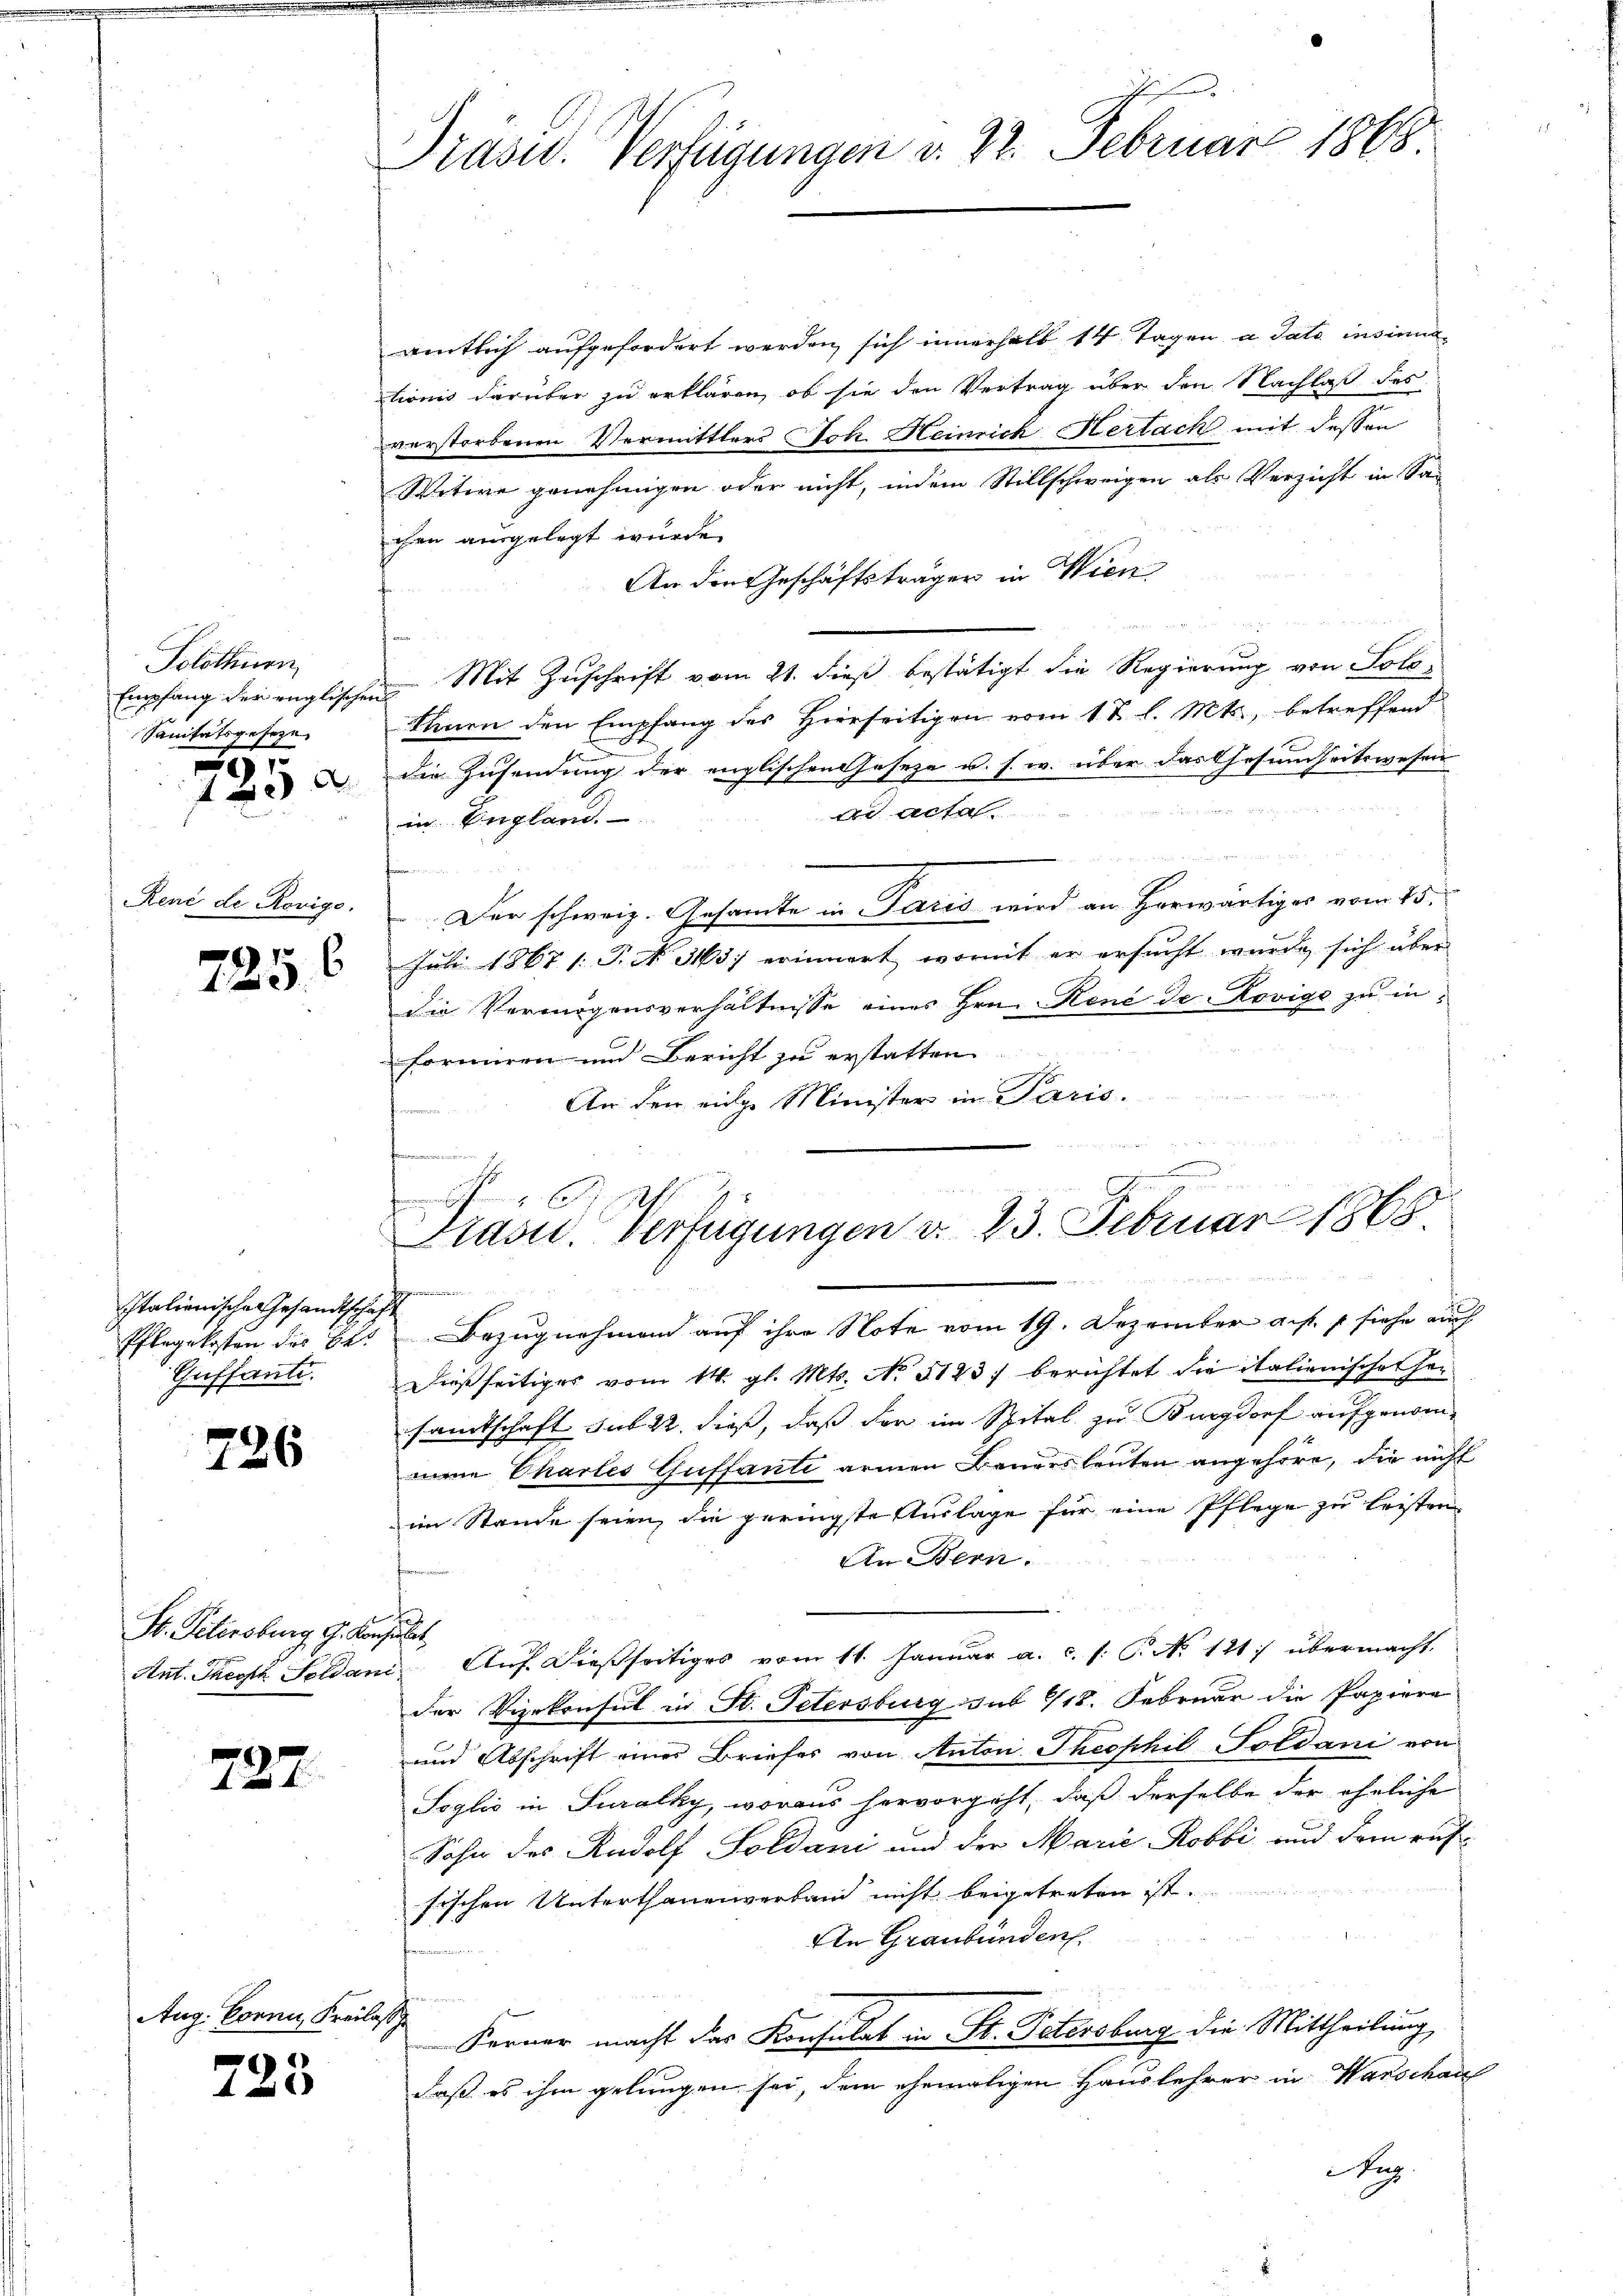
Solothurn
Empfang der englische
Sanitätsgeseze
725 d

René de Rovigo.

6
723.

Italienische Gesandtschaft
Pflegekosten der Be
Caffante.

726

St. Petersburg, G. Konsulat

727.

Aug. Corni, Freil

723

Präsid. Verfügungen v. 22. Februar 1868.

amtlich aufgefordert werden, sich innerhalb 14 Tagen a dato insinualionis darüber zu erklären, ob sie den Vertrag über den Nachlaß des
verstorbenen Vermittlers Joh. Heinrich Hertach mit dessen
Witwe genehmigen oder nicht, indem Stillschweigen als Verzicht in Sa-
chen ausgelegt wurde.
An den Geschäftsträger in Wien
 Mit Zuschrift vom 21. dieß bestätigt die Regierung von Solo¬
Khuen den Empfang des Hierseitigen vom 1 t l. Mts., betreffend
die Zusendung der englischen Geseze u. s. w. über das Gesundheitswesen
Dr. A
in England.
Der schweiz. Gesamte in Paris wird an Herwärtiges vom 15.
Juli 1867 /: P. Nr. 3163) erinnert, womit er ersucht wurde sich über
die Vermögensverhältnisse eines Hrn. René de Rovige zu informiren und Bericht zu erstatten.
An den einge Minister in Paris.

G 6.
Präsid.. Verfügungen d. 23. Februar 1868
t

Bezugnahmen auf ihre Note vom 19. Dezember a. f. 1 siehe auch
Dießseitiges vom 14. gl. Mts. No 5123 berichtet die italienischet her
samtschaft sub 22. dieß, daß der im Spital zu Burgdorf aufgenom-
mene Phartes Guffante armen Bandesleuten angehöre, die nicht
im Stande seien, die geringste Auslage für eine Pflege zu leisten
An Bern.
Ant. Theoph Soldan Aŭf dießseitiges vom 11. Janŭar a. c. s. S. No. 121.) übermacht.
der Vizekonsul in St. Petersburg sub 9/18. Februar die Papiere
und Abschrift einer Briefer von Anton Theophil Soldani von
Soglić in Suralky, woraus hervorgeht, daß derselbe der eheliche
Sohn des Rudolf Soldani und der Marie Robbi und dem russischen Unterthanenverband nicht beigetreten ist.
An Graubünden.
2
Kerner macht das Konsulat in St. Petersburg die Mittheilung,
daß es ihm gelungen sei, dem ehemaligen Hauslehrer in Warschau
Aug.